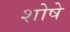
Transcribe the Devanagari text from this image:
शोषे